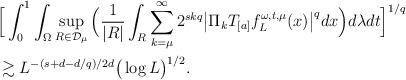
LaTeX: \begin{align*}&\Big[ \int_0^1\int_{\Omega}\sup_{R\in\mathcal{D}_{\mu}}\Big(\frac{1}{|R|}\int_{R}\sum_{k=\mu}^{\infty}{2^{skq}\big| \Pi_k T_{[a]}f_L^{\omega,t,\mu}(x)\big|^q}dx\Big) d\lambda dt\Big]^{1/q}\\&\gtrsim L^{-(s+d-d/q)/2d}\big( \log{L}\big)^{1/2}.\end{align*}